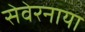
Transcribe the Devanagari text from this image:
सेवेरनाया